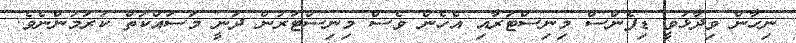
ނިހާން ވިދާޅުވީ ޑިފެންސް މިނިސްޓަރާއި އެހެން ވެސް މިނިސްޓަރުން ދަނީ މަސައްކަތް ކުރަމުންނެވެ.